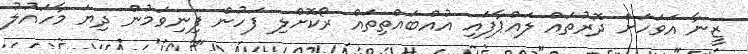
ޒީނާ އަވަހަށް ދޮރުތައް ލައްޕާފައި އުއްބައްތިތައް ރޯކޮށްލި ފަހުން ފިނިވަމުން ދިޔަ މާހައުލު